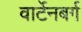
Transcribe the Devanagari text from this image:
वार्टेनबर्ग